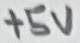
Text: +5V